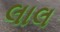
લાલ